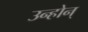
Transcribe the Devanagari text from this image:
उन्होन्